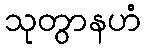
သုတွာနဟံ